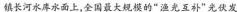
镇长河水库水面上，全国最大规模的”渔光互补”光伏发